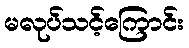
မလုပ်သင့်ကြောင်း